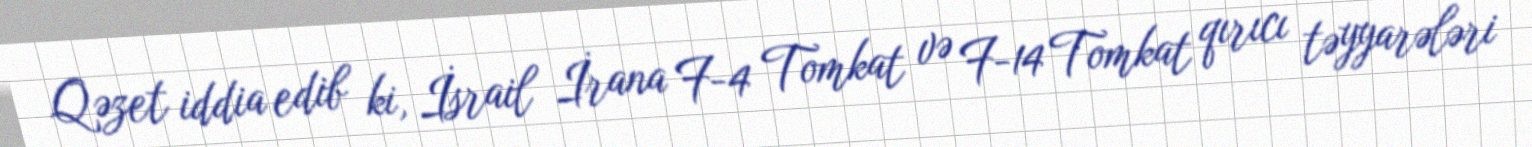
Qəzet iddia edib ki, İsrail İrana F-4 Tomkat və F-14 Tomkat qırıcı təyyarələri